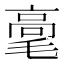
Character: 𰚫